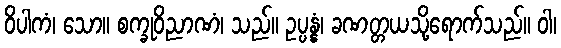
ဝိပါကံ၊ သော။ စက္ခုဝိညာဏံ၊ သည်။ ဥပ္ပန္နံ၊ ခဏတ္တယသို့ရောက်သည်။ ဝါ၊